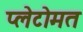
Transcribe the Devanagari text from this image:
प्लेटोमत